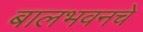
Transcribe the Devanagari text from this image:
बालभवनचे